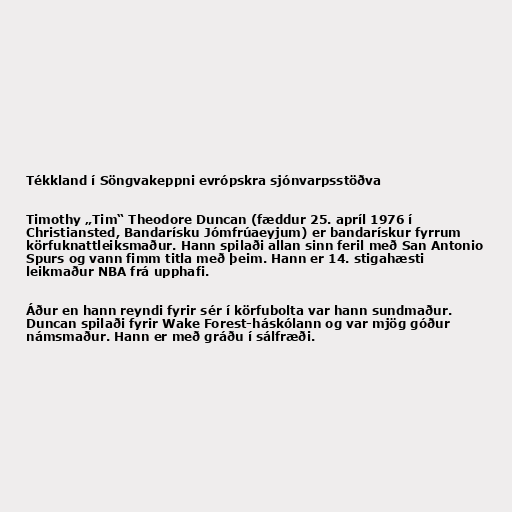
Tékkland í Söngvakeppni evrópskra sjónvarpsstöðva

Timothy „Tim“ Theodore Duncan (fæddur 25. apríl 1976 í
Christiansted, Bandarísku Jómfrúaeyjum) er bandarískur fyrrum
körfuknattleiksmaður. Hann spilaði allan sinn feril með San Antonio
Spurs og vann fimm titla með þeim. Hann er 14. stigahæsti
leikmaður NBA frá upphafi.

Áður en hann reyndi fyrir sér í körfubolta var hann sundmaður.
Duncan spilaði fyrir Wake Forest-háskólann og var mjög góður
námsmaður. Hann er með gráðu í sálfræði.